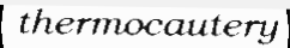
thermocautery